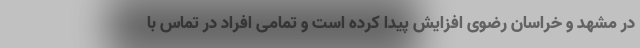
در مشهد و خراسان رضوی افزایش پیدا کرده است و تمامی افراد در تماس با